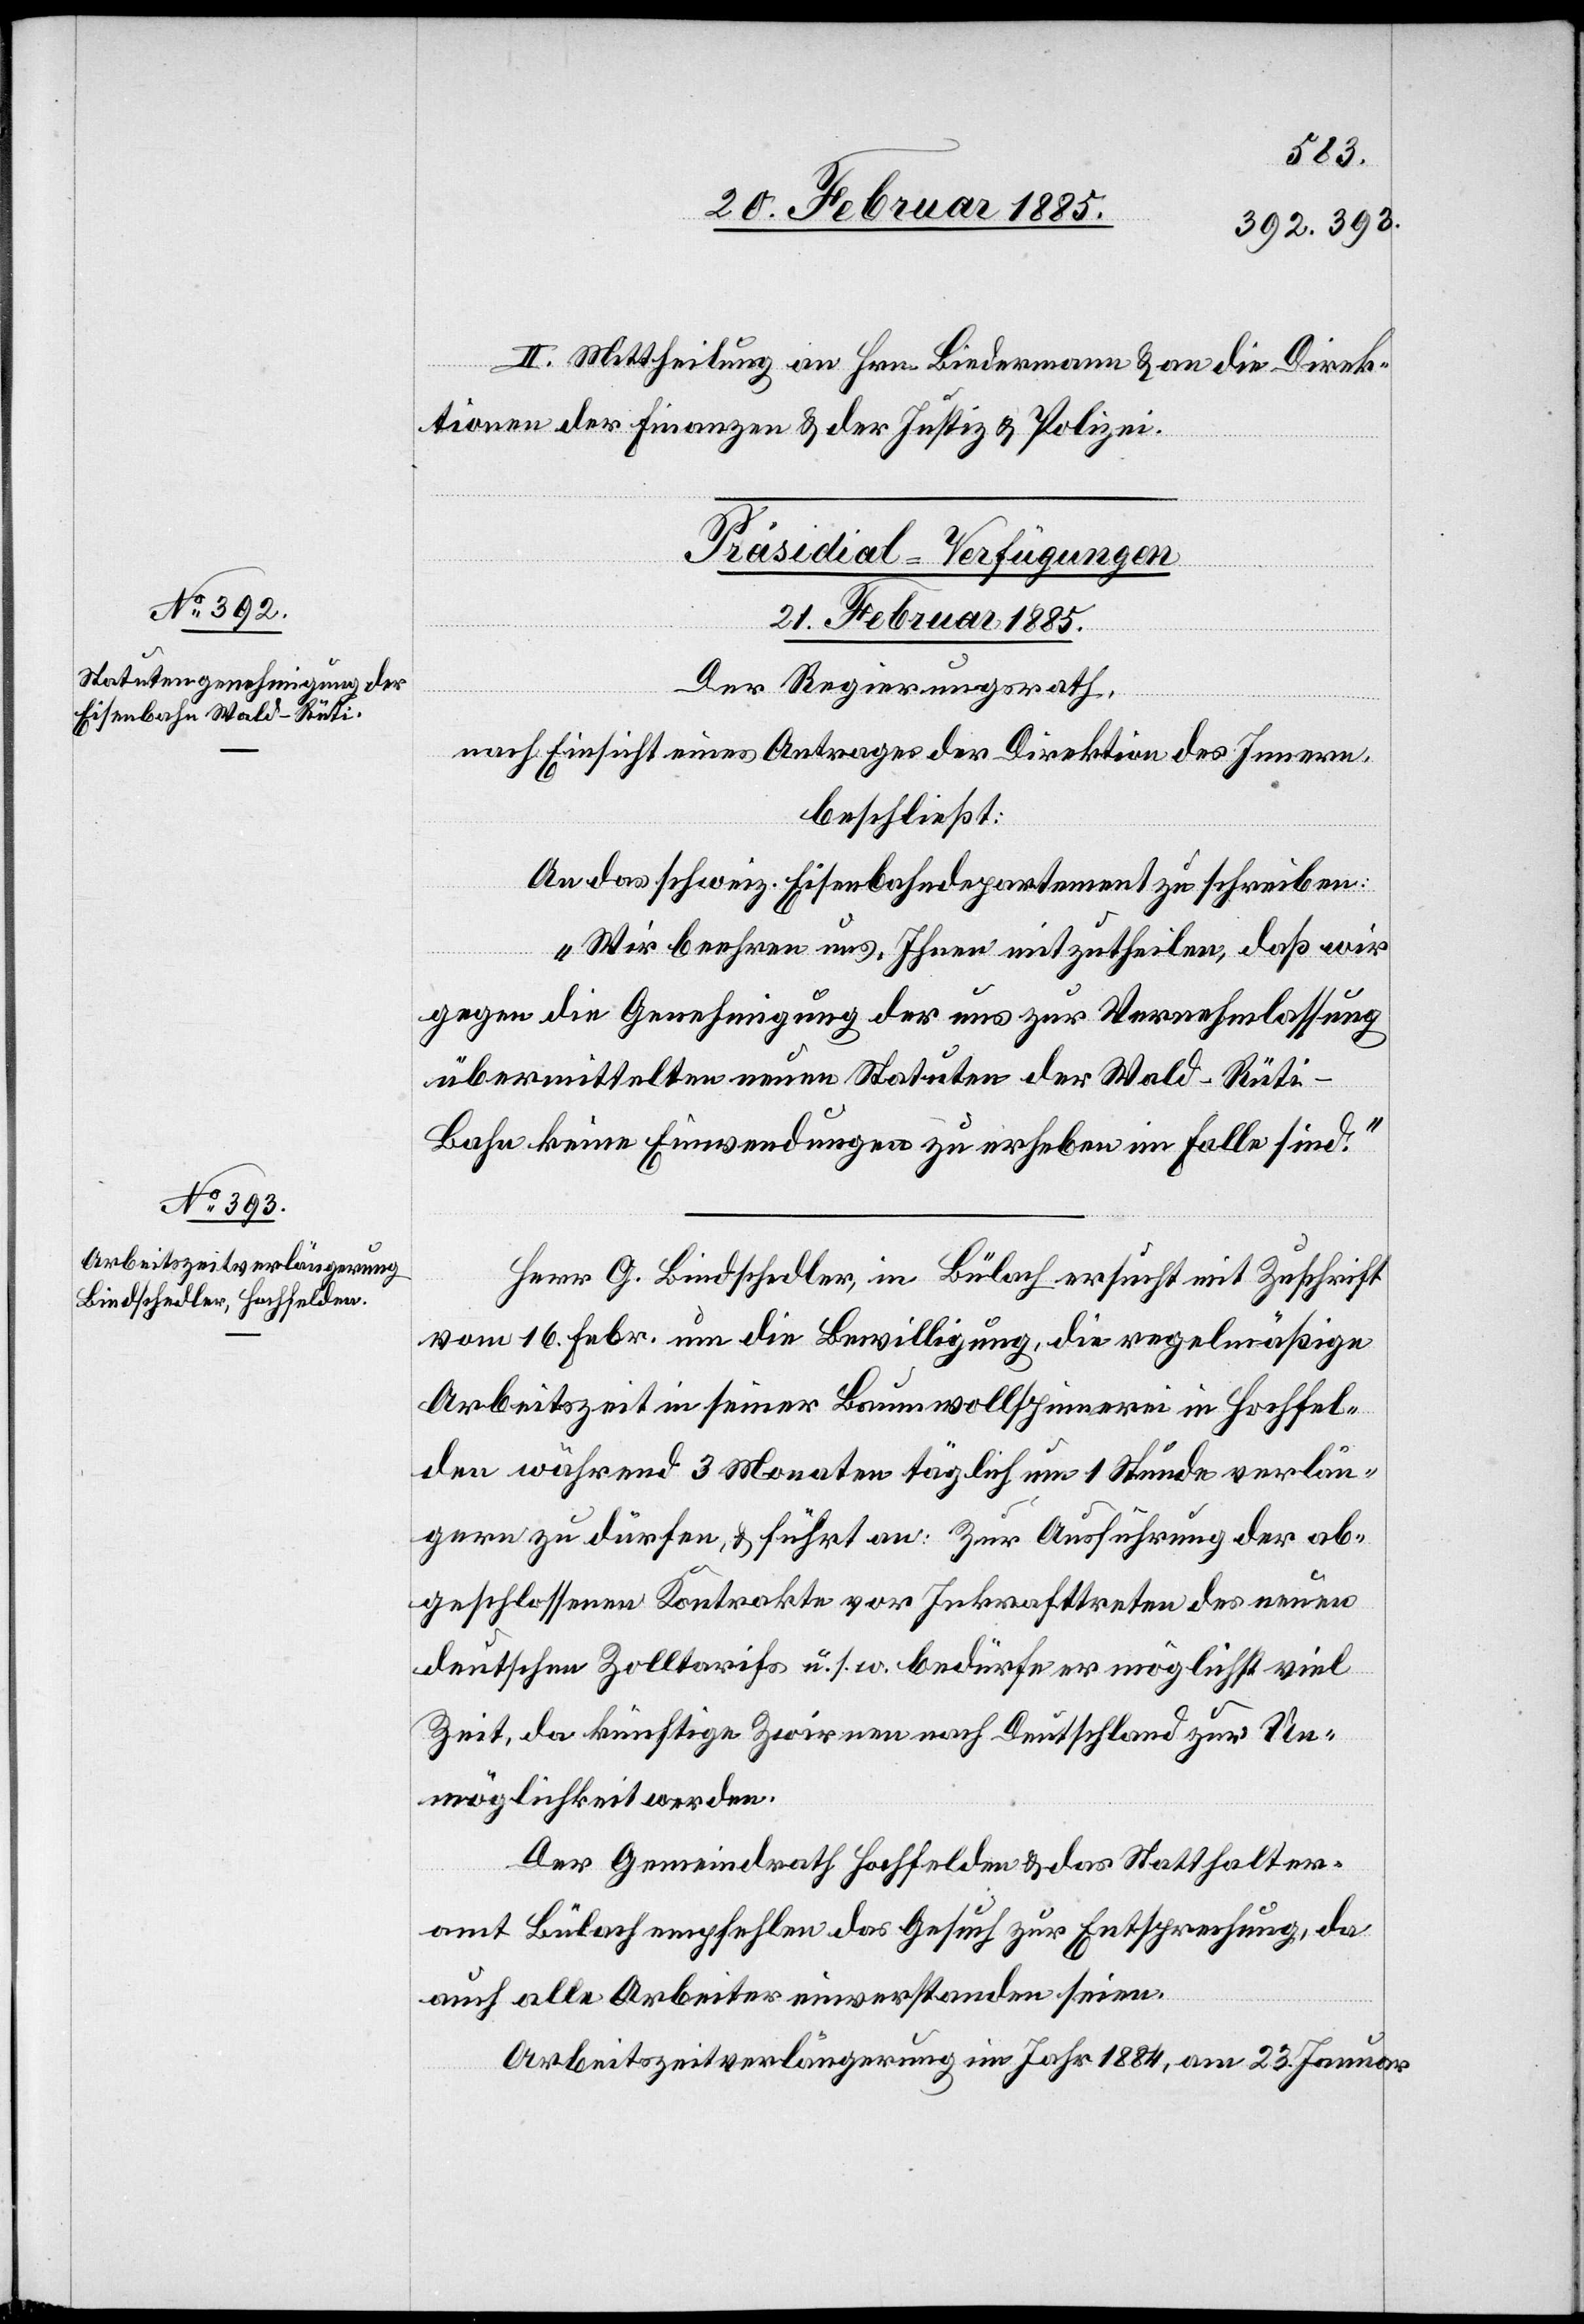
II. Mittheilung an Hrn. Biedermann & an die Direk¬
tionen der Finanzen & der Justiz & Polizei.
[Präsidial-Verfügungen
21. Februar 1885.]
Der Regierungsrath,
nach Einsicht eines Antrages der Direktion des Innern,
beschließt:
An das schweiz. Eisenbahndepartement zu schreiben:
„Wir beehren uns, Ihnen mitzutheilen, daß wir
gegen die Genehmigung der uns zur Vernehmlassung
übermittelten neuen Statuten der Wald–Rüt¬
i-Bahn keine Einwendungen zu erheben im Falle sind.“
Herr G. Bindschedler, in Bülach ersucht mit Zuschrift
vom 16. Febr. um Bewilligung, die regelmäßige
Arbeitszeit in seiner Baumwollspinnerei in Hochfel¬
den während 3 Monaten täglich um 1 Stunde verlän¬
gern zu dürfen, & führt an: Zur Ausführung der ab¬
geschlossenen Kontrakte vor Inkarafttreten des neuen
deutschen Zolltarifs u. s. w. bedürfe er möglichst viel
Zeit, da künftige Zwirnen nach Deutschland zur Un¬
möglichkeit werden.
Der Gemeindrath Hochfelden & das Statthalter¬
amt Bülach empfehlen das Gesuch zur Entsprechung, da
auch alle Arbeiter einverstanden seien.
Arbeitszeitverlängerung im Jahr 1884, am 23. Januar